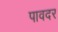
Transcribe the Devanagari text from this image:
पावदर